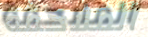
الملاحقة